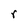
Character: r